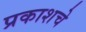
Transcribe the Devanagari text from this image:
प्रकाशचे